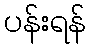
ပန်းရန်